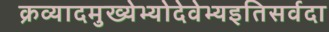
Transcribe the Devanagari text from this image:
क्रव्यादमुख्येभ्योदेवेभ्यइतिसर्वदा